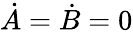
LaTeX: \dot{A}=\dot{B}=0